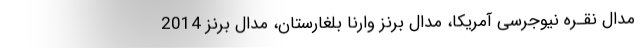
مدال نقـره نیوجرسی آمریکا، مدال برنز وارنا بلغارستان، مدال برنز 2014